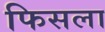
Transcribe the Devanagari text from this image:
फिसला